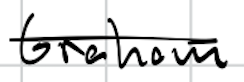
Text: Graham
Cross-out: single-line
Writing tool: digital_black